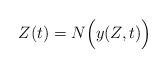
LaTeX: \begin{align*} Z(t)=N\Bigl( y(Z,t) \Bigr) \end{align*}